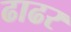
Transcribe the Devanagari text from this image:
ढाढर